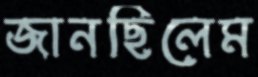
জানছিলেম